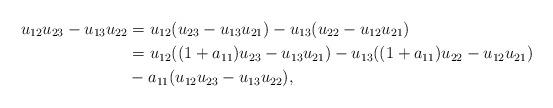
LaTeX: \begin{align*} u_{12}u_{23}-u_{13}u_{22} & = u_{12}(u_{23}-u_{13}u_{21})-u_{13}(u_{22}-u_{12}u_{21})\\& = u_{12}((1+a_{11})u_{23}-u_{13}u_{21})-u_{13}((1+a_{11})u_{22}-u_{12}u_{21})\\&-a_{11}(u_{12}u_{23}-u_{13}u_{22}),\\\end{align*}